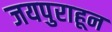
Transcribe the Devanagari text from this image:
जयपुराहून